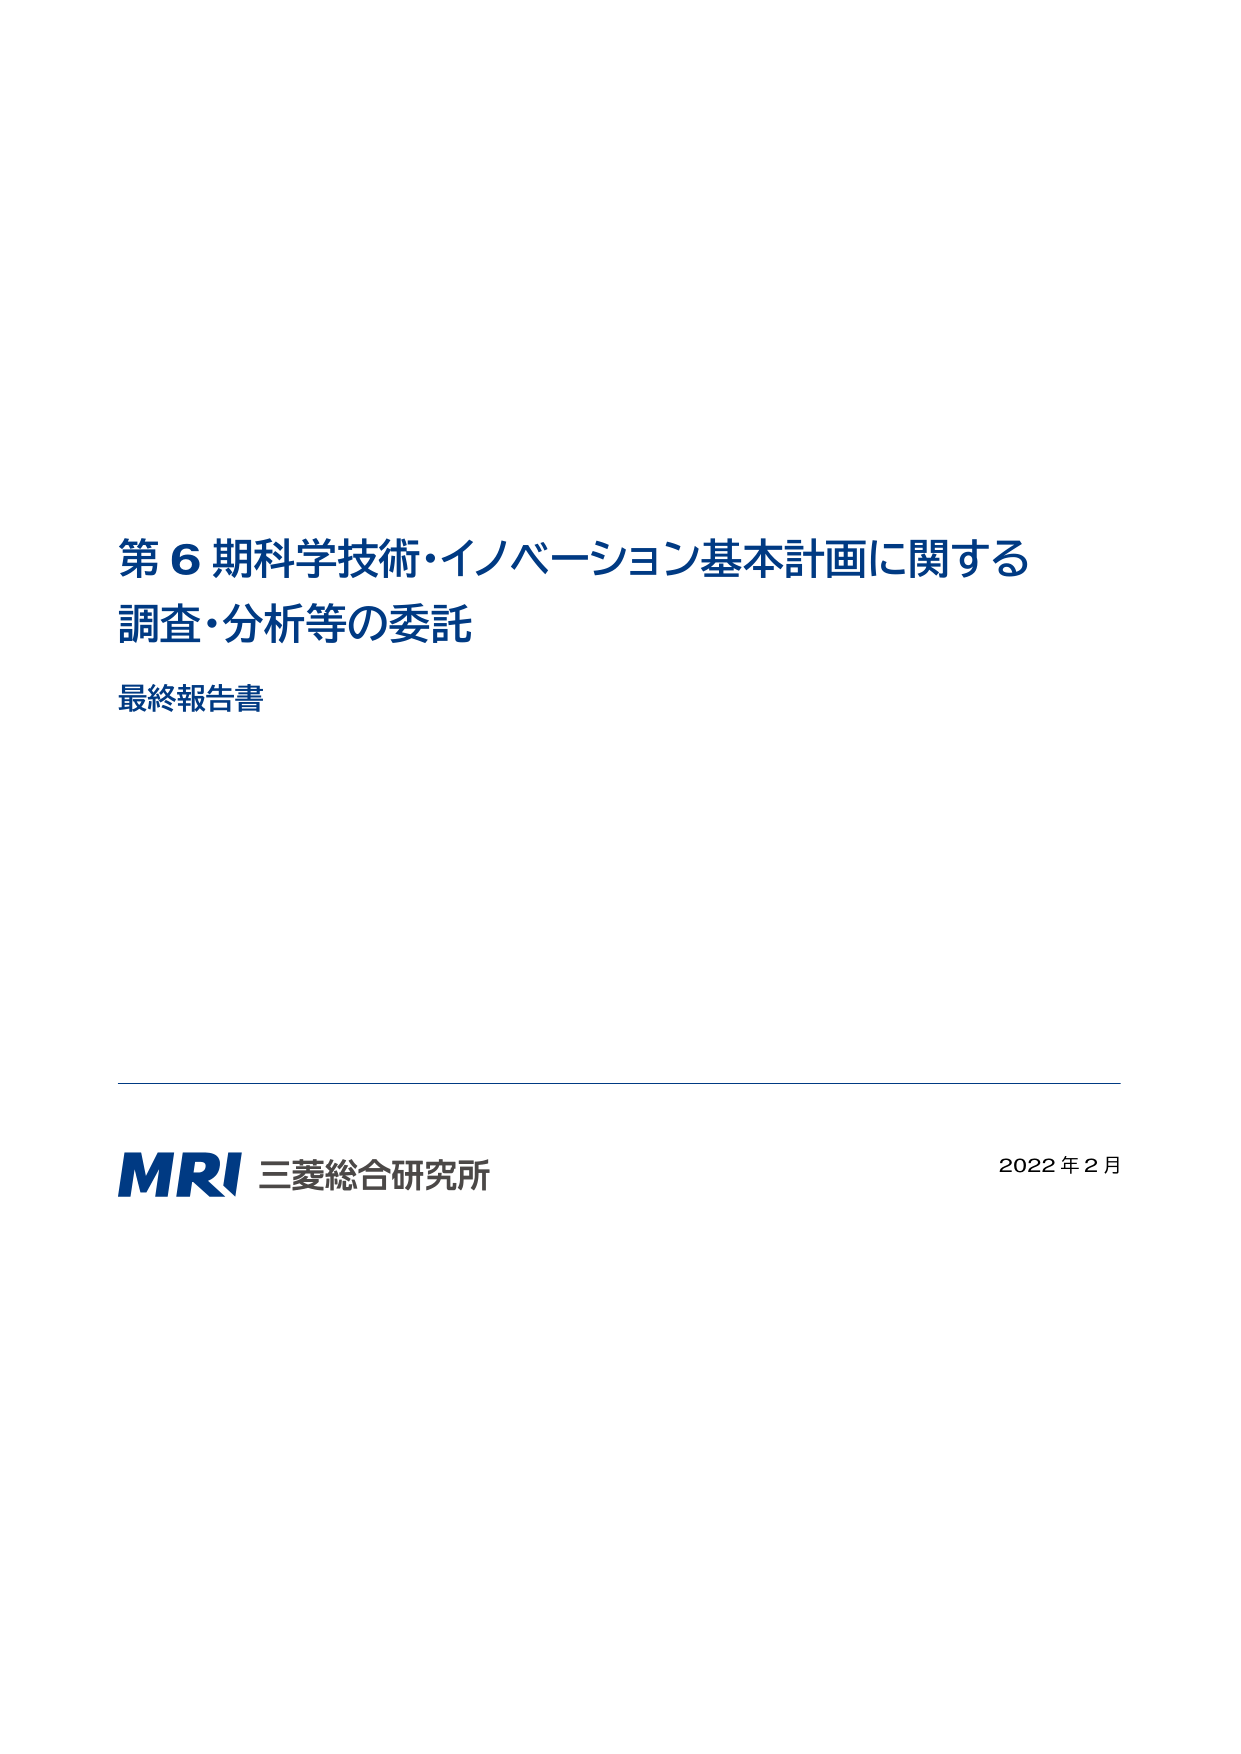
第６期科学技術・イノベーション基本計画に関する
調査・分析等の委託
最終報告書

MRI 三菱総合研究所
2022年2月